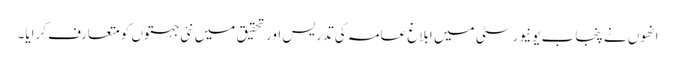
انھوں نے پنجاب یونیورسٹی میں ابلاغ عامہ کی تدریس اور تحقیق میں نئی جہتوں کو متعارف کرایا۔